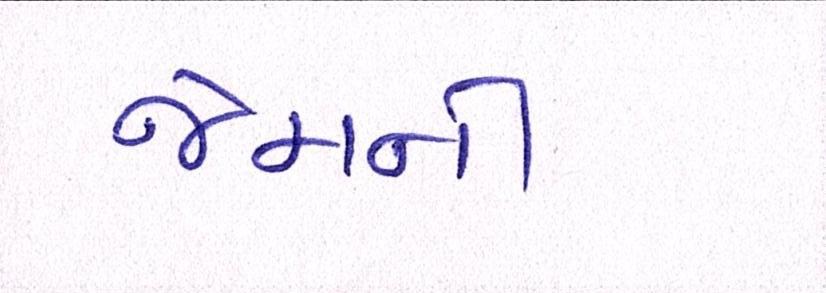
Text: જેમની